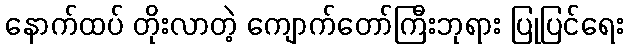
နောက်ထပ် တိုးလာတဲ့ ကျောက်တော်ကြီးဘုရား ပြုပြင်ရေး